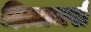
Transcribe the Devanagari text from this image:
ड़िज़ायर्स